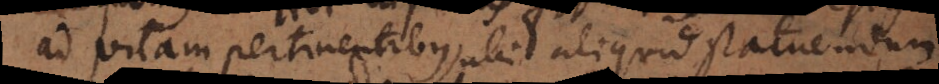
ad vitam pertinentibus, ubi aliquid statuendum